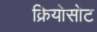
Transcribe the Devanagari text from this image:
क्रियोसोट